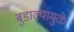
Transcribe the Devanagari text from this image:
बुडाल्यामुळे